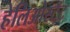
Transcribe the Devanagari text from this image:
हेलिओस्टॅट